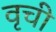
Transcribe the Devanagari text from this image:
वृची